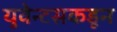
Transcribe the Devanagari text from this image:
युवेन्टसकडून